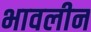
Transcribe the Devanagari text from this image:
भावलीन